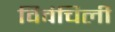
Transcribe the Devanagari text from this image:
विवंचिली